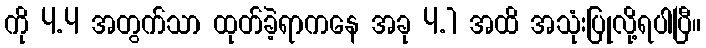
ကို 4.4 အတွက်သာ ထုတ်ခဲ့ရာကနေ အခု 4.1 အထိ အသုံးပြုလို့ရပါပြီ။